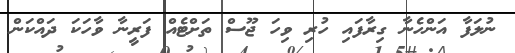
ނުލަފާ އަންހެނާ ގިރާފައި ހުރި ވިހަ ޖޫސް ތަށްޓެއް ފަރީނާ ވާހަކަ ދައްކަން